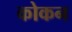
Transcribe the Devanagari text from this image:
कोकन